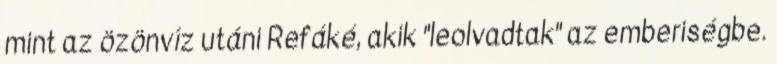
mint az özönvíz utáni Refáké, akik "leolvadtak" az emberiségbe.